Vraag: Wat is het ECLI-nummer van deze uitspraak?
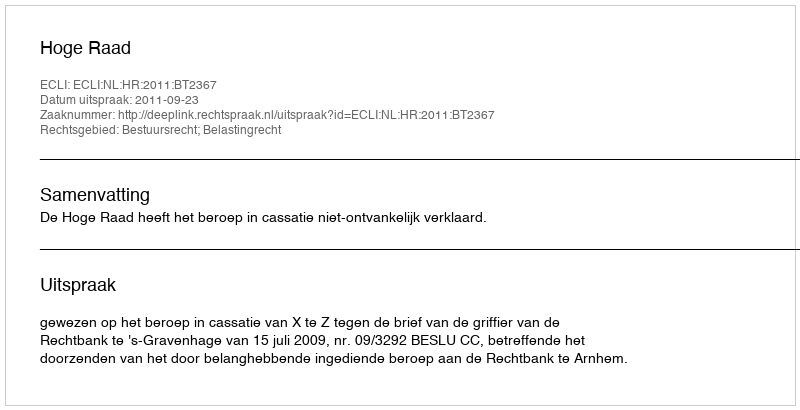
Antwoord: ECLI:NL:HR:2011:BT2367